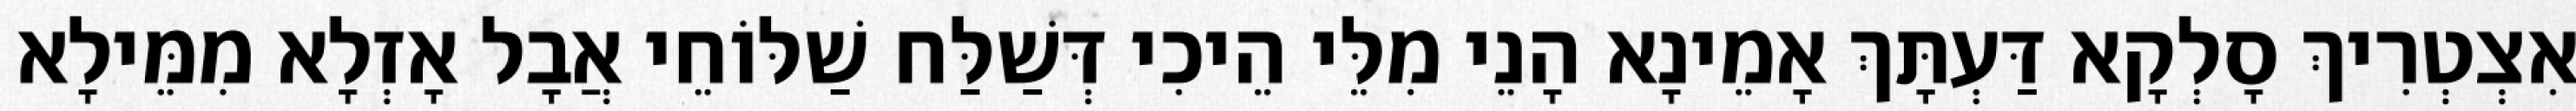
אִצְטְרִיךְ סָלְקָא דַּעְתָּךְ אָמֵינָא הָנֵי מִלֵּי הֵיכִי דְּשַׁלַּח שַׁלּוֹחֵי אֲבָל אָזְלָא מִמֵּילָא